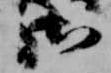
御